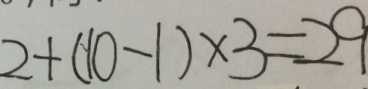
2 + ( 1 0 - 1 ) \times 3 = 2 9